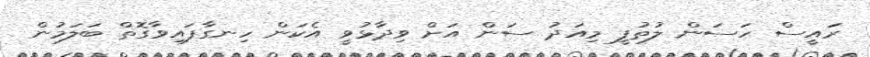
ރައީސް ހަސަން ލުތުފީ މިއަދު ސަން އަށް ވިދާޅުވީ އެކަން ހިނގާފައިވާގޮތް ބަލަމުން